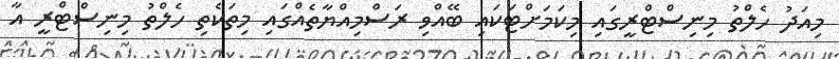
މިއަދު ހެލްތު މިނިސްޓްރީގައި މިކަމަށްޓަކައި ބޭއްވި ރަސްމިއްޔާތެއްގައި މިތަކެތި ހެލްތު މިނިސްޓްރީ އާ